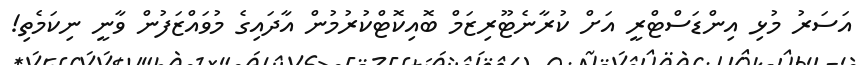
އަސަރު މުޅި އިންޑަސްޓްރީ އަށް ކުރާނެޓޫރިޒަމް ބޮއިކޮޓްކުރުމުން އާދައިގެ މުވައްޒަފުން ވާނީ ނިކަމެތި!